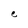
Character: e